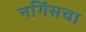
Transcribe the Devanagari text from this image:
नर्गिसचा